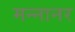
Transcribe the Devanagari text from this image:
मन्नानर